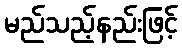
မည်သည့်နည်းဖြင့်